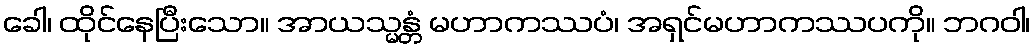
ခေါ၊ ထိုင်နေပြီးသော။ အာယသ္မန္တံ မဟာကဿပံ၊ အရှင်မဟာကဿပကို။ ဘဂဝါ၊